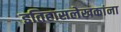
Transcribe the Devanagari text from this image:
इतिहासलेखकांना